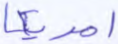
امريكا